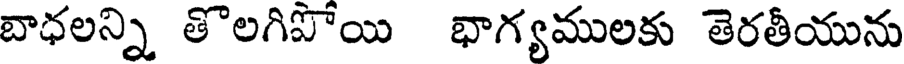
బాధలన్ని తొలగిపోయి భాగ్యములకు తెరతీయును